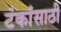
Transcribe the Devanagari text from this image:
टंकांसाठी